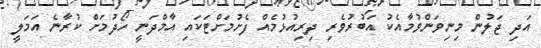
އަދި ޖަލުން މިނިވަންވުމާއެކު އަބުރުވެރި ދިރިއުޅުމެއް ފެށުމަށްޓަކައި އާމްދަނީ ހޯދުމަށް ކުރާނެ އަމަލީ